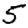
Digit: 5